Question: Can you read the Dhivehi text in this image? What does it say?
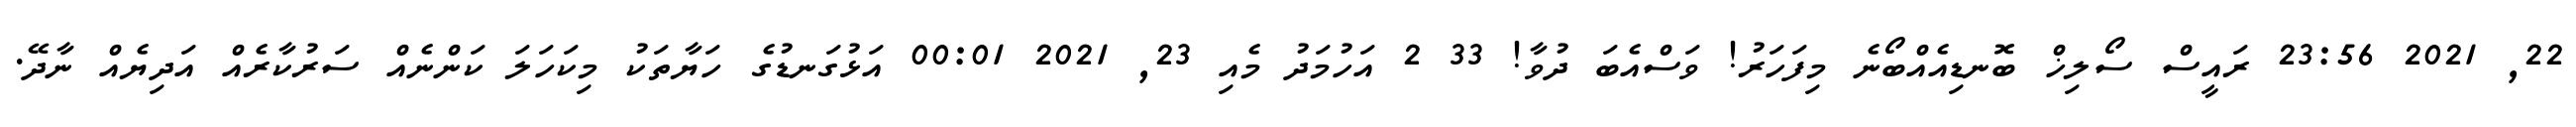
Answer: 22, 2021 23:56 ރައީސް ސޯލިޚް ބޮނޑިއެއްބޯނެ މިފަހަރު! ވަސްއެބަ ދުވާ! 33 2 އަހުމަދު މެއި 23, 2021 00:01 އަޅުގަނޑުގެ ހަޔާތަކު މިކަހަލަ ކަންނެއް ސަރުކާރެއް އަދިޔެއް ނާދޭ.